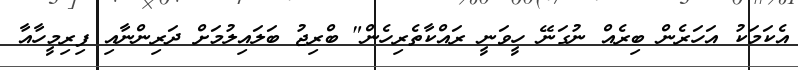
އެކަމަކު އަހަރެން ބިރެއް ނުގަނޭ ހީވަނީ ރައްކާތެރިހެން" ބްރިޖު ބަލައިލުމަށް ދަރިންނާއި ފިރިމީހާއާ